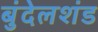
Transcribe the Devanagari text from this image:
बुंदेलशंड